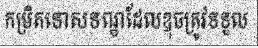
កម្រិតទោសទណ្ឌដែលឌុចត្រូវទទួល